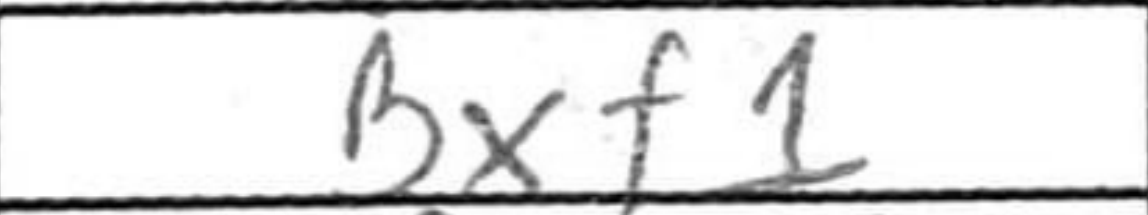
Transcription: Bxf1